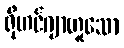
ရိုဟင်ဂျာဟူသော